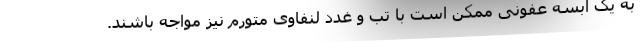
به یک آبسه عفونی ممکن است با تب و غدد لنفاوی متورم نیز مواجه باشند.